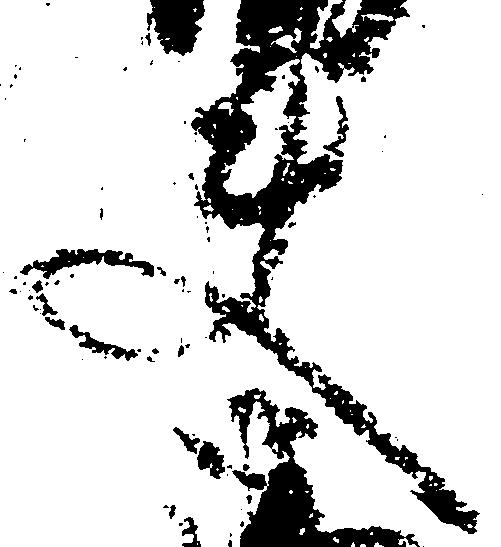
使